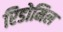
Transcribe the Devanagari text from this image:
रिडोमिल